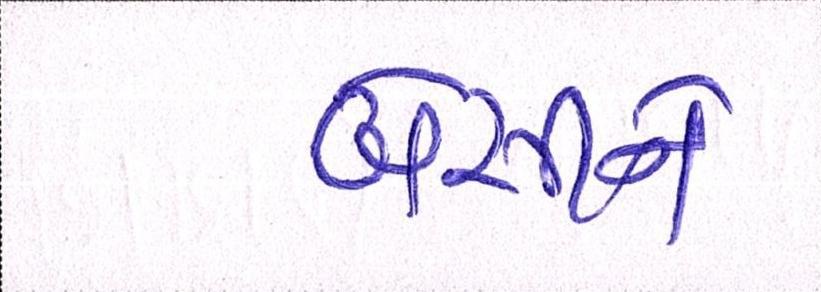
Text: બેસીને